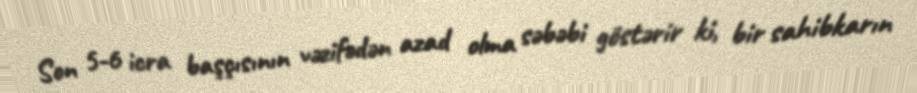
Son 5-6 icra başçısının vəzifədən azad olma səbəbi göstərir ki, bir sahibkarın